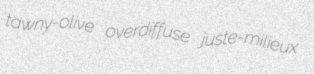
tawny-olive overdiffuse juste-milieux